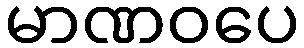
မာဏဝပေ